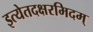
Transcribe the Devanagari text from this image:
इत्येतदक्षरमिदम्